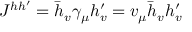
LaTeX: J ^ { h h ^ { \prime } } = \bar { h } _ { v } \gamma _ { \mu } h _ { v } ^ { \prime } = v _ { \mu } \bar { h } _ { v } h _ { v } ^ { \prime }